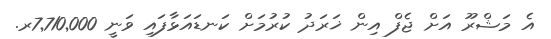
އެ މަޝްރޫ އަށް ޖެފް އިން ޚަރަދު ކުރުމަށް ކަނޑައަޅާފައި ވަނީ 7